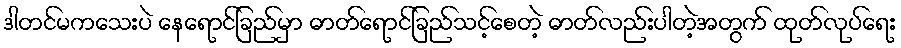
ဒါတင်မကသေးပဲ နေရောင်ခြည်မှာ ဓာတ်ရောင်ခြည်သင့်စေတဲ့ ဓာတ်လည်းပါတဲ့အတွက် ထုတ်လုပ်ရေး